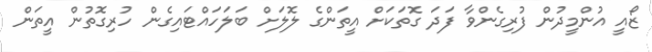
ޒޯއީ އުންމީދުން ފުރިގެންވާ ފަދަ ގޮތަކަށް އީތަންގެ ލޮލަށް ބަލަހައްޓައިގެން ހުރިގޮތުން އީތަން